Annual administration report of the Civil Veterinary Department of India - 1895-1896
Year: 1895
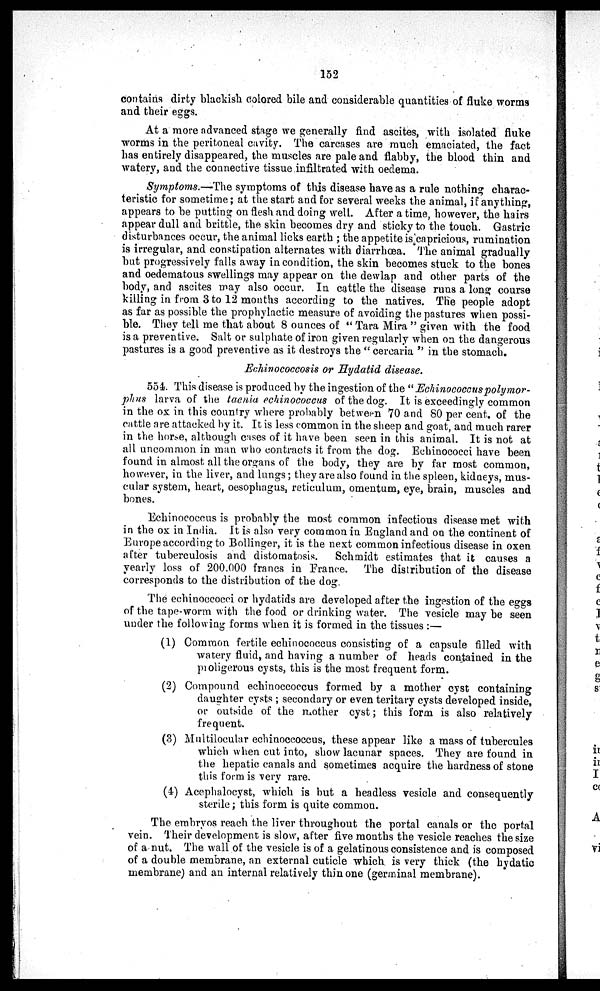
152
contains dirty blackish colored bile and considerable quantities of fluke worms
and their eggs.
At a more advanced stage we generally find ascites, with isolated fluke
worms in the peritoneal cavity. The carcases are much emaciated, the fact
has entirely disappeared, the muscles are pale and flabby, the blood thin and
watery, and the connective tissue infiltrated with oedema.
Symptoms.—The symptoms of this disease have as a rule nothing charac-
teristic for sometime; at the start and for several weeks the animal, if anything,
appears to be putting on flesh and doing well. After a time, however, the hairs
appear dull and brittle, the skin becomes dry and sticky to the touch. Gastric
disturbances occur, the animal licks earth; the appetite is capricious, rumination
is irregular, and constipation alternates with diarrhoea. The animal gradually
but progressively falls away in condition, the skin becomes stuck to the bones
and oedematous swellings may appear on the dewlap and other parts of the
body, and ascites may also occur. In cattle the disease runs a long course
killing in from 3 to 12 months according to the natives. The people adopt
as far as possible the prophylactic measure of avoiding the pastures when possi-
ble. They tell me that about 8 ounces of "Tara Mira" given with the food
is a preventive. Salt or sulphate of iron given regularly when on the dangerous
pastures is a good preventive as it destroys the "cercaria "in the stomach.
Echinococcosis or Hydatid disease.
554. This disease is produced by the ingestion of the "Echinococcus polymor-
phic larva of the taenia echinococcus of the dog. It is exceedingly common
in the ox in this country where probably between 70 and 80 per cent. of the
cattle are attacked by it. It is less common in the sheep and goat, and much rarer
in the horse, although cases of it have been seen in this animal. It is not at
all uncommon in man who contracts it from the dog. Echinococci have been
found in almost all the organs of the body, they are by far most common,
however, in the liver, and lungs; they are also found in the spleen, kidneys, mus-
cular system, heart, oesophagus, reticulum, omentum, eye, brain, muscles and
bones.
Echinococcus is probably the most common infectious disease met with
in the ox in India. It is also very common in England and on the continent of
Europe according to Bollinger, it is the next common infectious disease in oxen
after tuberculosis and distomatosis. Schmidt estimates that it causes a
yearly loss of 200.000 francs in France. The distribution of the disease
corresponds to the distribution of the dog
The echinoccocci or hydatids are developed after the ingestion of the eggs
of the tape-worm with the food or drinking water. The vesicle may be seen
under the following forms when it is formed in the tissues:—
(1) Common fertile echinococcus consisting of a capsule filled with
watery fluid, and having a number of heads contained in the
proligerous cysts, this is the most frequent form.
(2) Compound echinoccoccus formed by a mother cyst containing
daughter cysts; secondary or even teritary cysts developed inside,
or outside of the mother cyst; this form is also relatively
frequent.
(3) Multilocular echinoccoccus, these appear like a mass of tubercules
which when cut into, show lacunar spaces. They are found in
the hepatic canals and sometimes acquire the hardness of stone
this form is very rare.
(4) Acephalocyst, which is but a headless vesicle and consequently
sterile; this form is quite common.
The embryos reach the liver throughout the portal canals or the portal
vein. Their development is slow, after five months the vesicle reaches the size
of a nut. The wall of the vesicle is of a gelatinous consistence and is composed
of a double membrane, an external cuticle which is very thick (the hydatic
membrane) and an internal relatively thin one (germinal membrane).